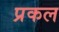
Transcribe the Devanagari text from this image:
प्रकल